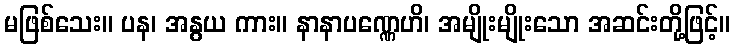
မဖြစ်သေး။ ပန၊ အနွယ ကား။ နာနာပဏ္ဏေဟိ၊ အမျိုးမျိုးသော အဆင်းတို့ဖြင့်။